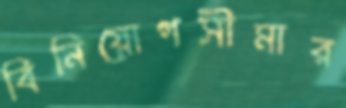
বিনিয়োগসীমার